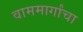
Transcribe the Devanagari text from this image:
वाममार्गांचा